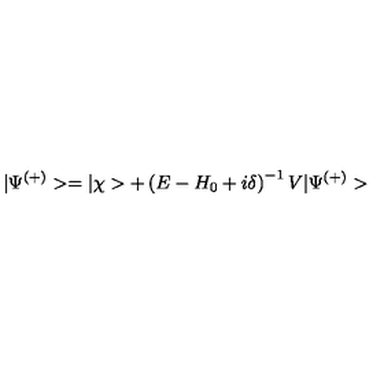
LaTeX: | \Psi ^ { ( + ) } > = | \chi > + \left( E - H _ { 0 } + i \delta \right) ^ { - 1 } V | \Psi ^ { ( + ) } >